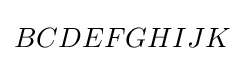
BCDEFGHIJK